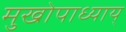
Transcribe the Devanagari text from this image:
मुखोपाध्याय्